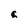
Character: q